Document type: Sale
Year: 1305
Scribe: Bernat de Vilarúbia
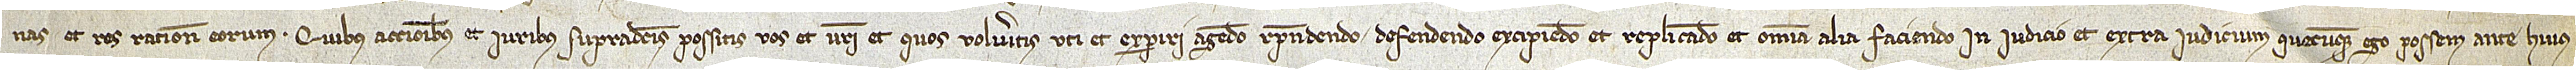
nas et res ratione eorum. Quibus accionibus et iuribus supradictis possitis vos et vestri er quos volueritis uti et experiri, agendo, respondendo, defendendo, excipiendo et replicando et omnia alia faciendo, in iudicio et extra iudicium, quecumque ego possem ante huius-